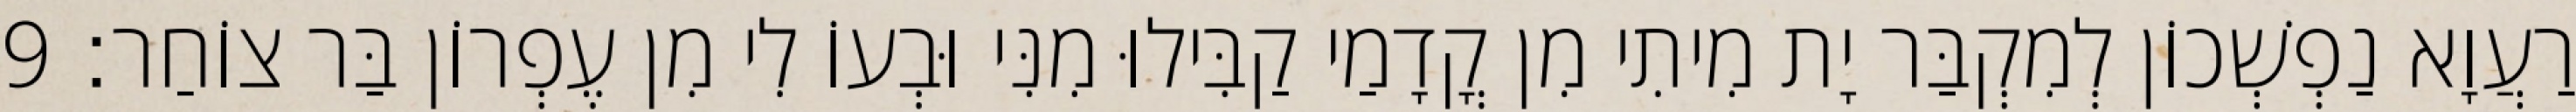
רַעֲוָא נַפְשְׁכוֹן לְמִקְבַּר יָת מִיתִי מִן קֳדָמַי קַבִּילוּ מִנִּי וּבְעוֹ לִי מִן עֶפְרוֹן בַּר צוֹחַר׃ 9